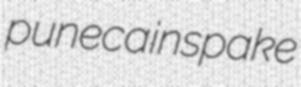
puneca inspake